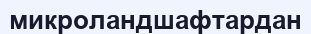
микроландшафтардан